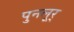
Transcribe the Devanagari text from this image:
पुनलूर्